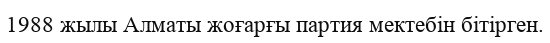
1988 жылы Алматы жоғарғы партия мектебін бітірген.